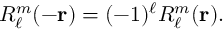
R _ { \ell } ^ { m } ( - \mathbf { r } ) = ( - 1 ) ^ { \ell } R _ { \ell } ^ { m } ( \mathbf { r } ) .